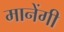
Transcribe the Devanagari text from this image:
मानेंगी